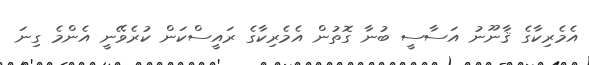
އެމެރިކާގެ ޤާނޫނު އަސާސީ ބުނާ ގޮތުން އެމެރިކާގެ ރައީސްކަން ކުރެވޭނީ އެންމެ ގިނަ